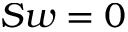
S w = 0